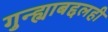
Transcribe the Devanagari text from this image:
गुन्ह्याबद्दलही